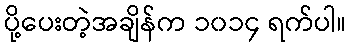
ပို့ပေးတဲ့အချိန်က ၁၀၁၄ ရက်ပါ။